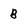
Character: B